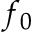
f _ { 0 }